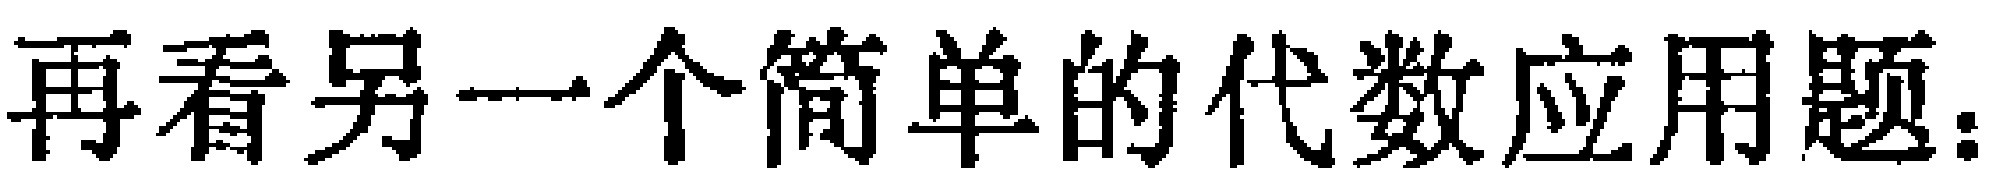
再看另一个简单的代数应用题.